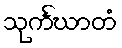
သုင်္ကဃာတံ